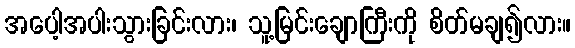
အပေါ့အပါးသွားခြင်းလား၊ သူ့မြင်းချောကြီးကို စိတ်မချ၍လား။